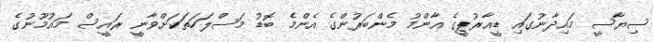
ސިޔާސީ މައިދާނުގައި ޑީއާރުޕީގެ އާންމު މެންބަރުންގެ އެންމެ ބޮޑު މަސްލަހަތަކަށްވާނީ ރައީސް މައުމޫނުގެ